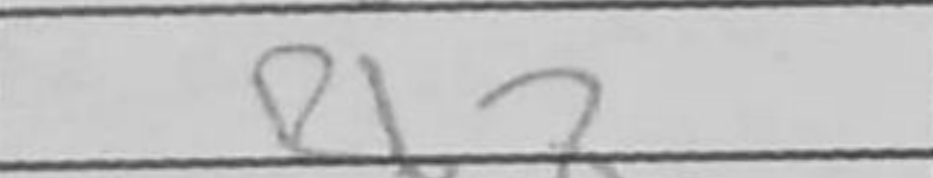
Transcription: Rb8